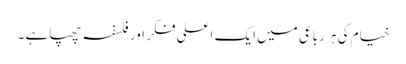
خیام کی ہر رباعی میں ایک اعلی فکر اور فلسفہ چھپا ہے ۔